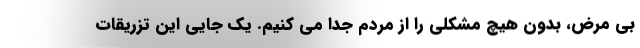
بی مرض، بدون هیچ مشکلی را از مردم جدا می کنیم. یک جایی این تزریقات